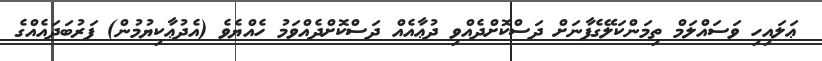
ޢަލައިހި ވަސައްލަމް ތިމަންކަލޭގެފާނަށް ދަސްކޮށްދެއްވި ދުޢާއެއް ދަސްކޮށްދެއްވަމު ހެއްޔެވެ (އެދުޢާކިޔުމުން) ފަރުބަދައެއްގެ